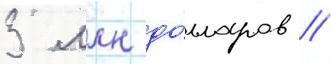
3 млн до́лларов //